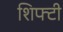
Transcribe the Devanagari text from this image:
शिफ्टी